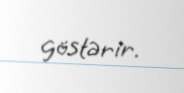
göstərir.